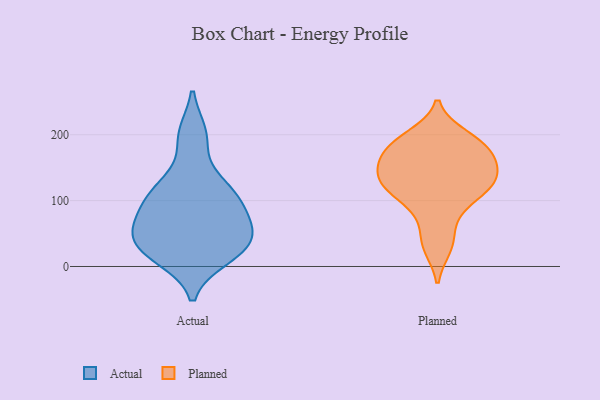
{"axis": {"x": "Production Output", "y": "Value"}, "legend": ["Actual", "Planned"], "data": [{"x": "", "y": 49, "type": "Actual"}, {"x": "", "y": 77, "type": "Actual"}, {"x": "", "y": 14, "type": "Actual"}, {"x": "", "y": 197, "type": "Actual"}, {"x": "", "y": 25, "type": "Actual"}, {"x": "", "y": 74, "type": "Actual"}, {"x": "", "y": 46, "type": "Actual"}, {"x": "", "y": 20, "type": "Actual"}, {"x": "", "y": 125, "type": "Actual"}, {"x": "", "y": 200, "type": "Actual"}, {"x": "", "y": 107, "type": "Actual"}, {"x": "", "y": 91, "type": "Actual"}, {"x": "", "y": 45, "type": "Actual"}, {"x": "", "y": 22, "type": "Actual"}, {"x": "", "y": 112, "type": "Actual"}, {"x": "", "y": 51, "type": "Actual"}, {"x": "", "y": 118, "type": "Actual"}, {"x": "", "y": 192, "type": "Planned"}, {"x": "", "y": 156, "type": "Planned"}, {"x": "", "y": 191, "type": "Planned"}, {"x": "", "y": 155, "type": "Planned"}, {"x": "", "y": 167, "type": "Planned"}, {"x": "", "y": 124, "type": "Planned"}, {"x": "", "y": 96, "type": "Planned"}, {"x": "", "y": 180, "type": "Planned"}, {"x": "", "y": 125, "type": "Planned"}, {"x": "", "y": 148, "type": "Planned"}, {"x": "", "y": 118, "type": "Planned"}, {"x": "", "y": 131, "type": "Planned"}, {"x": "", "y": 71, "type": "Planned"}, {"x": "", "y": 176, "type": "Planned"}, {"x": "", "y": 133, "type": "Planned"}, {"x": "", "y": 36, "type": "Planned"}, {"x": "", "y": 29, "type": "Planned"}, {"x": "", "y": 110, "type": "Planned"}, {"x": "", "y": 198, "type": "Planned"}]}